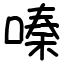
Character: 嗪